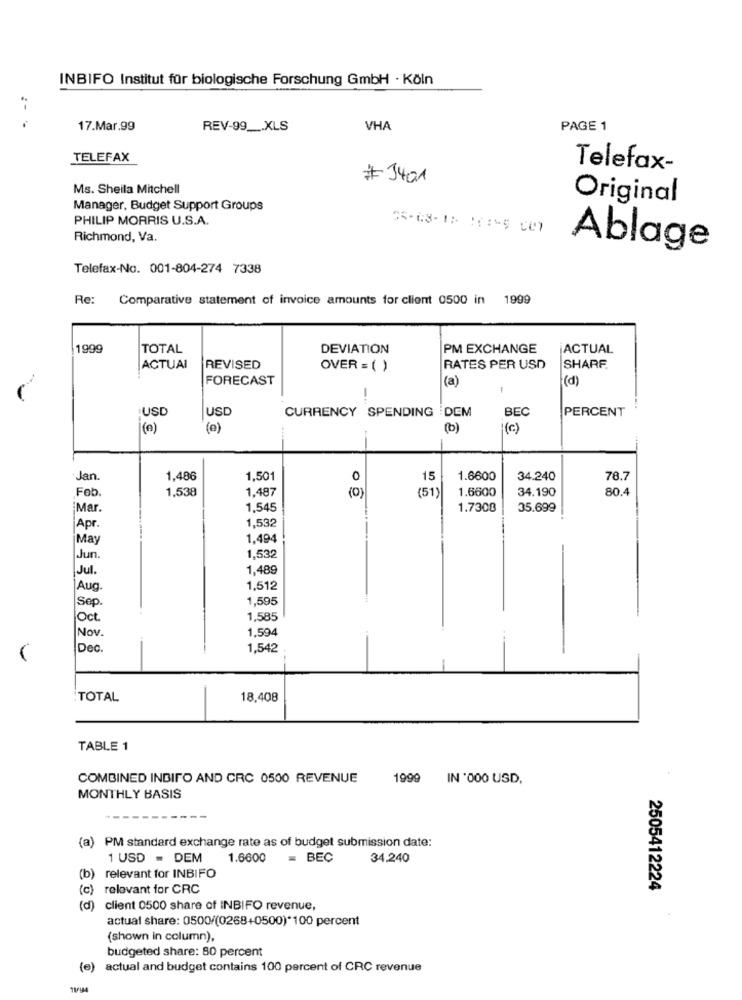
INBIFO Institut für biologische Forschung GmbH · Köln
:- .
17.Mar.99
REV-99 __. XLS
VHA
PAGE 1
TELEFAX
Telefax-
#3401
Ms. Sheila Mitchell
Original
Manager, Budget Support Groups
PHILIP MORRIS U.S.A.
Richmond, Va.
Ablage
Telefax-No. 001-804-274 7338
Re:
Comparative statement of invoice amounts for client 0500 in 1999
1999
TOTAL
DEVIATION
PM EXCHANGE
ACTUAL
ACTUAL
REVISED
OVER = ( )
RATES PER USD
SHARF.
FORECAST
(a)
(d)
-
USD
BEC
PERCENT
USD
CURRENCY SPENDING DEM
(a)
(e)
(b)
(c )
Jan
1,486
1,501
0
15
1.6600
34.240
78.7
Fob.
1,487
1.6600
34.190
80.4
1,538
(0)
(51)
Mar.
1,545
1.7300
35.699
1,532
Apr
May
1.494
1,532
Jun
Jul.
1,489
Aug.
1,512
Sep.
1,595
Oct.
1,585
Nov.
1,594
Dec.
1,542
TOTAL
18,408
TABLE 1
COMBINED INDIFO AND CRC 0500 REVENUE
1999 IN '000 USD,
MONTHLY BASIS
(a) PM standard exchange rate as of budget submission date:
1 USD = DEM
1.6600
= BEC
34.240
(b) relevant for INBIFO
(c)
relevant for CRC
2505412224
(d) client 0500 share of INBIFO revenue,
actual share: 0500/(0268+0500)*100 percent
(shown in column),
budgeted share: 80 percent
(e)
actual and budget contains 100 percent of CRC revenue